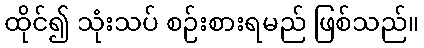
ထိုင်၍ သုံးသပ် စဉ်းစားရမည် ဖြစ်သည်။